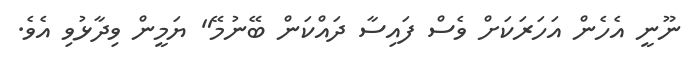
ނޫނީ އެހެން އަހަރަކަށް ވެސް ފައިސާ ދައްކަން ބޭނުމޭ" ޔަމީން ވިދާޅުވި އެވެ.